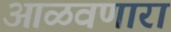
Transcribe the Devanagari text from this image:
आळवणारा